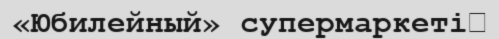
«Юбилейный» супермаркеті​